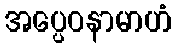
အပ္ပေဝနာမာဟံ